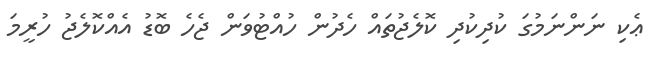
ޢެކި ނަންނަމުގަ ކުދިކުދި ކޮލެޖުތައް ހެދުން ހުއްޓުވަން ޖެހެ ބޮޑު އެއްކޮލެޖު ހުރީމަ